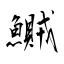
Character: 鱡